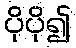
ပိုပို၍